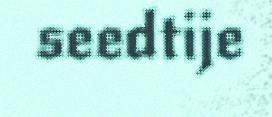
seedtije